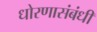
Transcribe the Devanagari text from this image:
धोरणासंबंधी